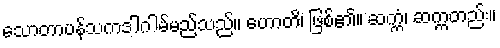
သောတာပန်သကဒါဂါမ်မည်သည်။ ဟောတိ၊ ဖြစ်၏။ ဆက္ကံ၊ ဆက္ကတည်း။